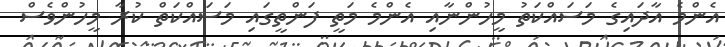
އެންމެ އާދައިގެ މަސައްކަތު މީހުންނާއި އެންމެ މަތީ ފަންތީގައި މަސައްކަތް ކުރާ މީހުންވެސް